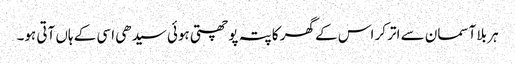
ہر بلا آسمان سے اتر کر اس کے گھر کا پتہ پوچھتی ہوئی سیدھی اسی کے ہاں آتی ہو۔